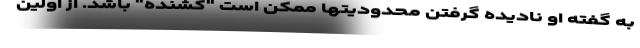
به گفته او نادیده گرفتن محدودیتها ممکن است "کشنده" باشد. از اولین